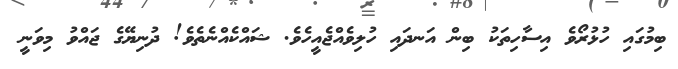
ބިމުގައި ހުޅުރޯވެ އިސާހިތަކު ބިން އަނދައި ހުލިވެއްޖެއީހެވެ. ޝައްކެއްނެތެވެ! ދުނިޔޭގެ ޖައްވު މިވަނީ